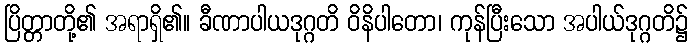
ပြိတ္တာတို့၏ အရာရှိ၏။ ခီဏာပါယဒုဂ္ဂတိ ဝိနိပါတော၊ ကုန်ပြီးသော အပါယ်ဒုဂ္ဂတိ၌